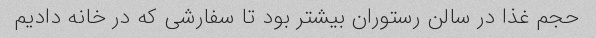
حجم غذا در سالن رستوران بیشتر بود تا سفارشی که در خانه دادیم